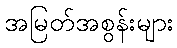
အမြတ်အစွန်းများ